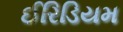
ઈરિડિયમ